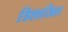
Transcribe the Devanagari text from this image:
त्रिशाखित